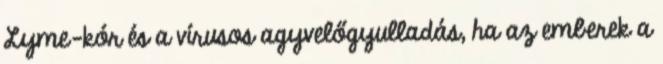
Lyme-kór és a vírusos agyvelőgyulladás, ha az emberek a